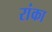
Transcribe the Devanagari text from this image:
रांका